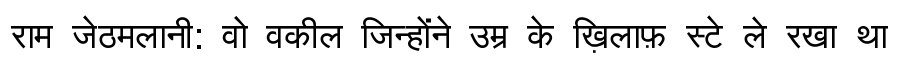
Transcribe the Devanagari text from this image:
राम जेठमलानी: वो वकील जिन्होंने उम्र के ख़िलाफ़ स्टे ले रखा था